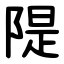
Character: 隄